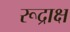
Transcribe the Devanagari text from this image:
रूद्राक्ष